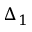
\Delta _ { 1 }